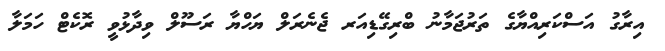
އިރާގު އަސްކަރިއްޔާގެ ތަރުޖަމާނު ބްރިގޭޑިއަރ ޖެނެރަލް ޔަހްޔާ ރަސޫލް ވިދާޅުވީ ރޮކެޓް ހަމަލާ